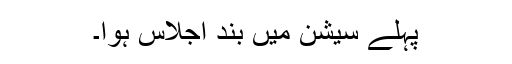
پہلے سیشن میں بند اجلاس ہوا۔